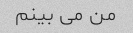
من می بینم